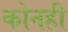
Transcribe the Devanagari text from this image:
कोनही